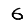
Digit: 6